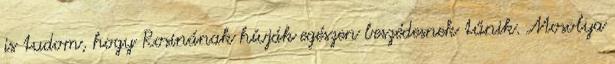
is tudom, hogy Rosinának hívják egészen beszédesnek tűnik. Mosolya